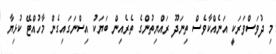
މި ދުވަސްވަރަކީ އަނެއްކާވެސް ތިނަދޫ ރައްޔިތުންގެ ތެރެއިން ބަޔަކު އިސްނަގައިގެން މާހުއްޓޭ ކުޅިޔާ